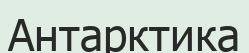
Антарктика